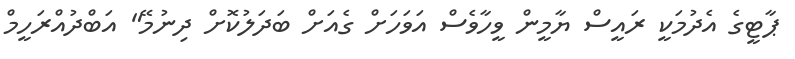
ޕާޓީގެ އެދުމަކީ ރައީސް ޔާމީން ވީހާވެސް އަވަހަށް ގެއަށް ބަދަލުކޮށް ދިނުމޭ" އަބްދުއްރަހީމް